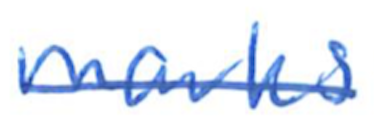
Text: marks
Cross-out: single-line
Writing tool: ballpoint